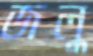
জলু